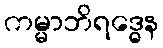
ကမ္မာဘိရဒ္ဓေန